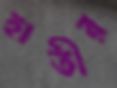
হাতীর